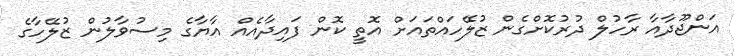
އަންޖޫދާއާ ރާހުލް ދުރުކޮށްގެން ޒުލޭހައްތައަށް އޮތީ ކޮން ފައިދާއެއް އާޔާގެ މިސުވާލުން ޒުލޭހާގެ